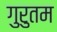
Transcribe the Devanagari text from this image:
गुरुतम